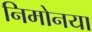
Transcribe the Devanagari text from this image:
निमोनया